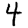
Digit: 4